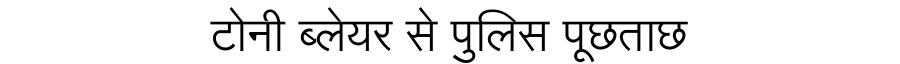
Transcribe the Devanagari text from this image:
टोनी ब्लेयर से पुलिस पूछताछ